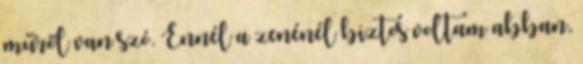
műről van szó. Ennél a zenénél biztos voltam abban,